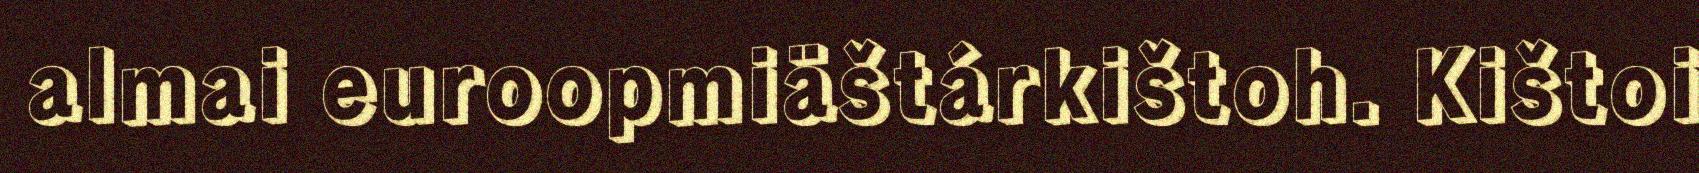
almai euroopmiäštárkištoh. Kištoi